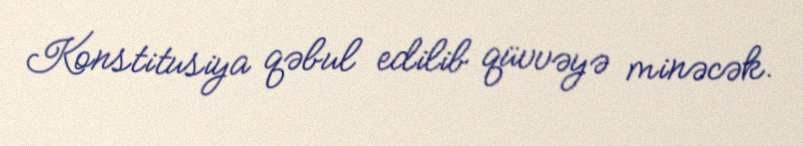
Konstitusiya qəbul edilib qüvvəyə minəcək.